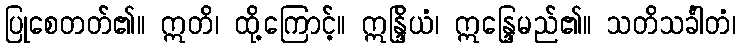
ပြုစေတတ်၏။ ဣတိ၊ ထို့ကြောင့်။ ဣန္ဒြိယံ၊ ဣန္ဒြေမည်၏။ သတိသင်္ခါတံ၊